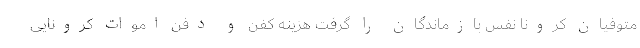
متوفیان کرونا نفس بازماندگان را گرفت هزینه کفن و دفن اموات کرونایی